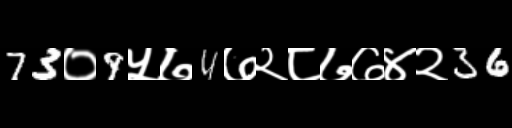
Text: 73०9५७4७२८७७४२36